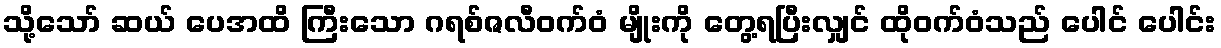
သို့သော် ဆယ် ပေအထိ ကြီးသော ဂရစ်ဇလီဝက်ဝံ မျိုးကို တွေ့ရပြီးလျှင် ထိုဝက်ဝံသည် ပေါင် ပေါင်း